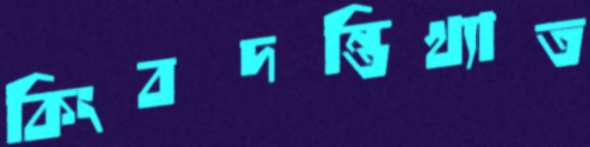
কিংবদন্তিখ্যাত